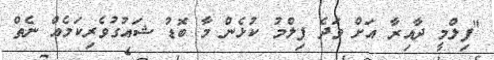
"ފިލްމީ ދާއިރާ އަށް ވަދެ ފިލްމު ކުޅެން މާ ބޮޑު ޝައުގުވެރިކަމެއް ނެތް